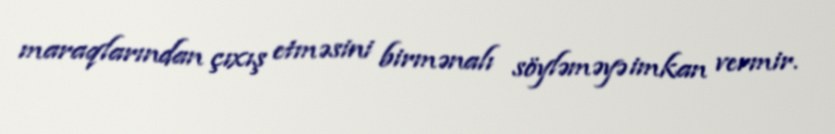
maraqlarından çıxış etməsini birmənalı söyləməyə imkan vermir.